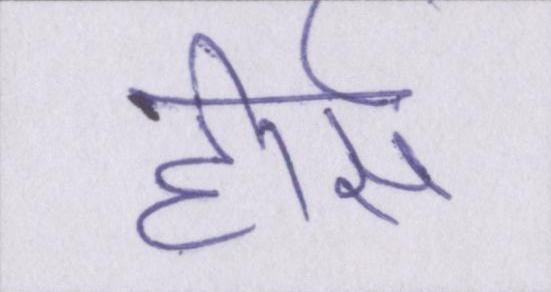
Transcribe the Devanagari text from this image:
होर्स